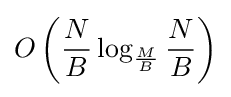
O\left({\frac {N}{B}}\log _{\frac {M}{B}}{\frac {N}{B}}\right)